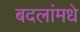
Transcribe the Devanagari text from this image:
बदलांमधे